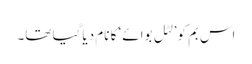
اس بم کو’لٹل بوائے‘ کا نام دیا گیا تھا۔